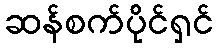
ဆန်စက်ပိုင်ရှင်